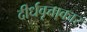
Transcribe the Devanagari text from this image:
दीर्धवृत्ताकार